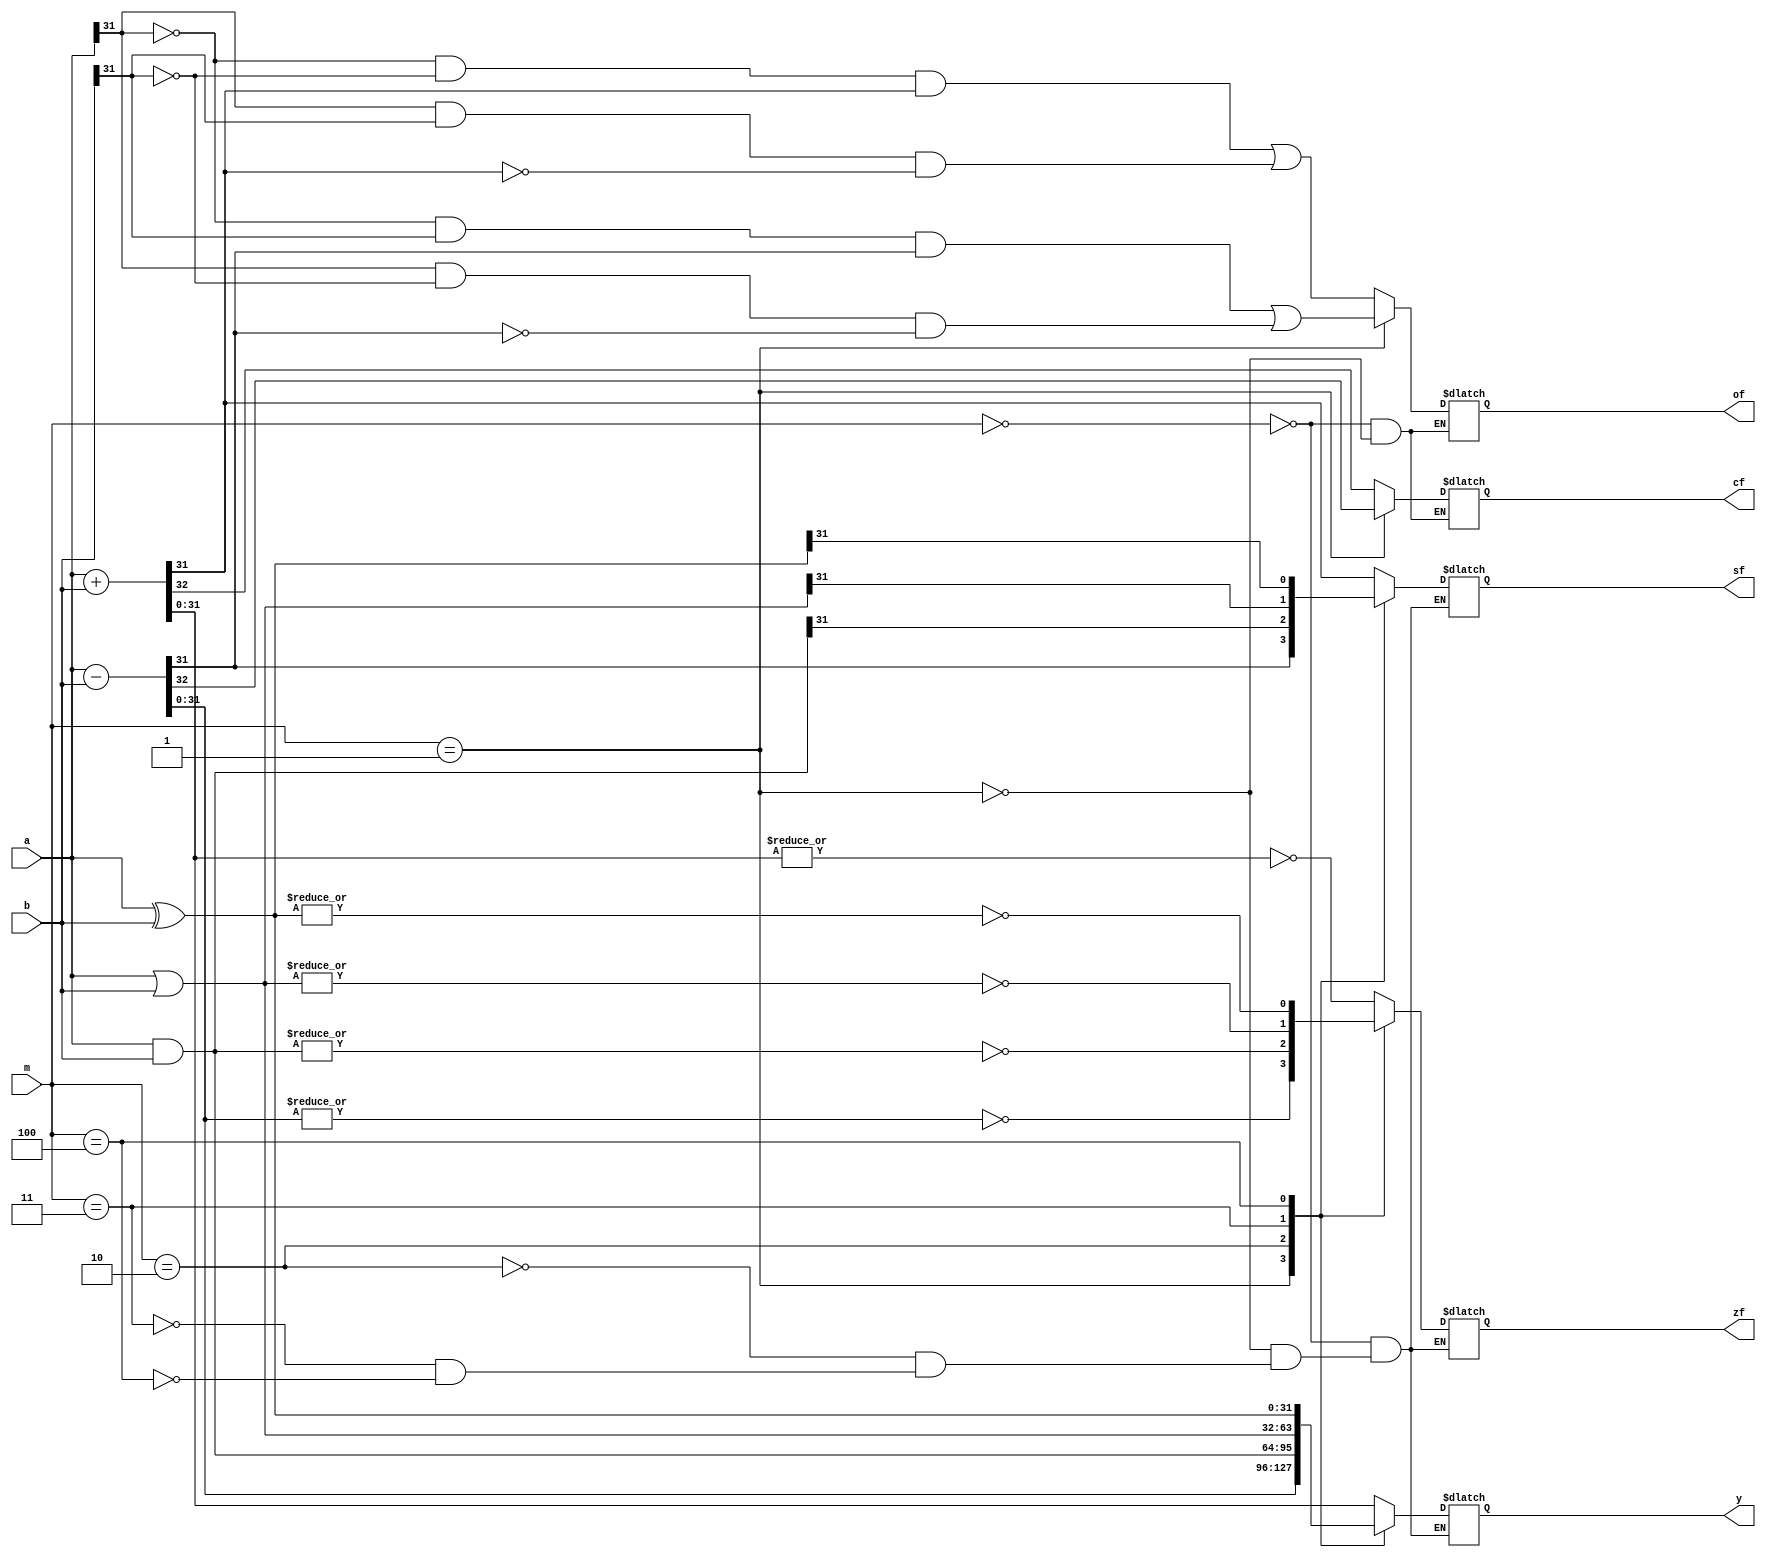
`timescale 1ns / 1ps
//////////////////////////////////////////////////////////////////////////////////
// Company: 
// Engineer: 
// 
// Design Name: 
// Module Name: alu
// Project Name: 
// Target Devices: 
// Tool Versions: 
// Description: 
// 
// Dependencies: 
// 
// Revision:
// Revision 0.01 - File Created
// Additional Comments:
// 
//////////////////////////////////////////////////////////////////////////////////


module alu
#(parameter width = 32) 	//???????
(output reg[width-1:0] y, 		//??????
output reg zf, 					//????
output reg cf, 					//??/?????
output reg of,//??????
output reg sf,//????				
input [width-1:0] a, b,		//????????
input [2:0]m						//????????
);
localparam ADD = 3'b000, SUB = 3'b001, AND = 3'b010, OR = 3'b011, XOR = 3'b100;
initial y <= 0;
always@(*)
begin
    case(m)
    ADD: 
    begin
    {cf,y} = a + b;
    of = (~a[width-1]&~b[width-1]&y[width-1])|(a[width-1]&b[width-1]&~y[width-1]);
    zf = ~|y;
    sf = y[width-1];
    end
    SUB:
    begin
    {cf,y} = a - b;
    of = (~a[width-1]&b[width-1]&y[width-1])|(a[width-1]&~b[width-1]&~y[width-1]); 
    zf = ~|y;
    sf = y[width-1];
    end
    AND:
    begin
    y = a & b;
    sf = y[width-1];
    zf = ~|y;
    end
    OR:
    begin
    y = a | b;
    sf = y[width-1];
    zf = ~|y;
    end
    XOR:
    begin
    y = a ^ b;
    sf = y[width-1];
    zf = ~|y;
    end
    endcase
end
endmodule